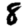
Digit: 8